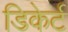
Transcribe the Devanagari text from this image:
डिकेर्ट